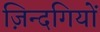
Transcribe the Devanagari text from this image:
ज़िन्दगियों